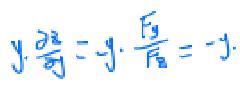
\[ y\frac{\partial z}{\partial y}=-y\cdot\frac{F_y}{F_z}=-y\cdot \]